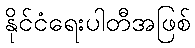
နိုင်ငံရေးပါတီအဖြစ်